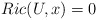
\begin{align*} Ric(U,x) = 0\end{align*}